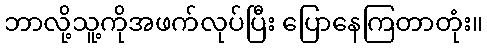
ဘာလို့သူ့ကိုအဖက်လုပ်ပြီး ပြောနေကြတာတုံး။